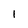
Character: 1